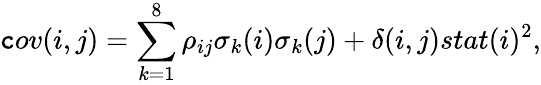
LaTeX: \mathtt{c}ov(i,j)=\sum_{k=1}^{8}\rho_{ij}\sigma_{k}(i)\sigma_{k}(j)+\delta(i,j)stat(i)^{2},